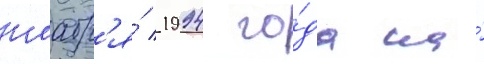
ноабр'я́ 1994 го́да на́